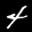
Label: 4